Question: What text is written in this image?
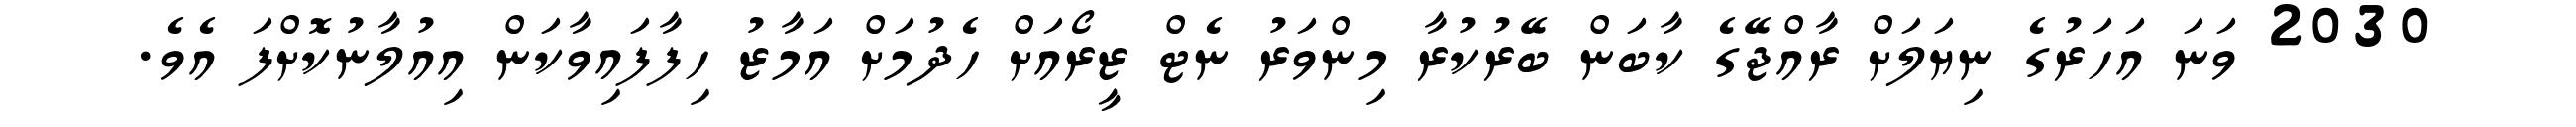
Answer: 2030 ވަނަ އަހަރުގެ ނިޔަލަށް ރާއްޖޭގެ ކާބަން ބޭރުކުރާ މިންވަރު ނެޓް ޒީރޯއަށް ހެދުމަށް އަމާޒު ހިފާފައިވާކަން އިއުލާނުކޮށްފަ އެވެ.